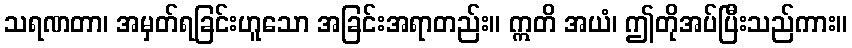
သရဏတာ၊ အမှတ်ရခြင်းဟူသော အခြင်းအရာတည်း။ ဣတိ အယံ၊ ဤတိုအပ်ပြီးသည်ကား။